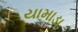
યામાડા